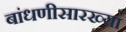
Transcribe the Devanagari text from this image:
बांधणीसारख्या